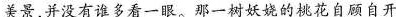
美景，并没有谁多看一眼。一树妖的桃花自顾自开